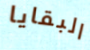
البقايا